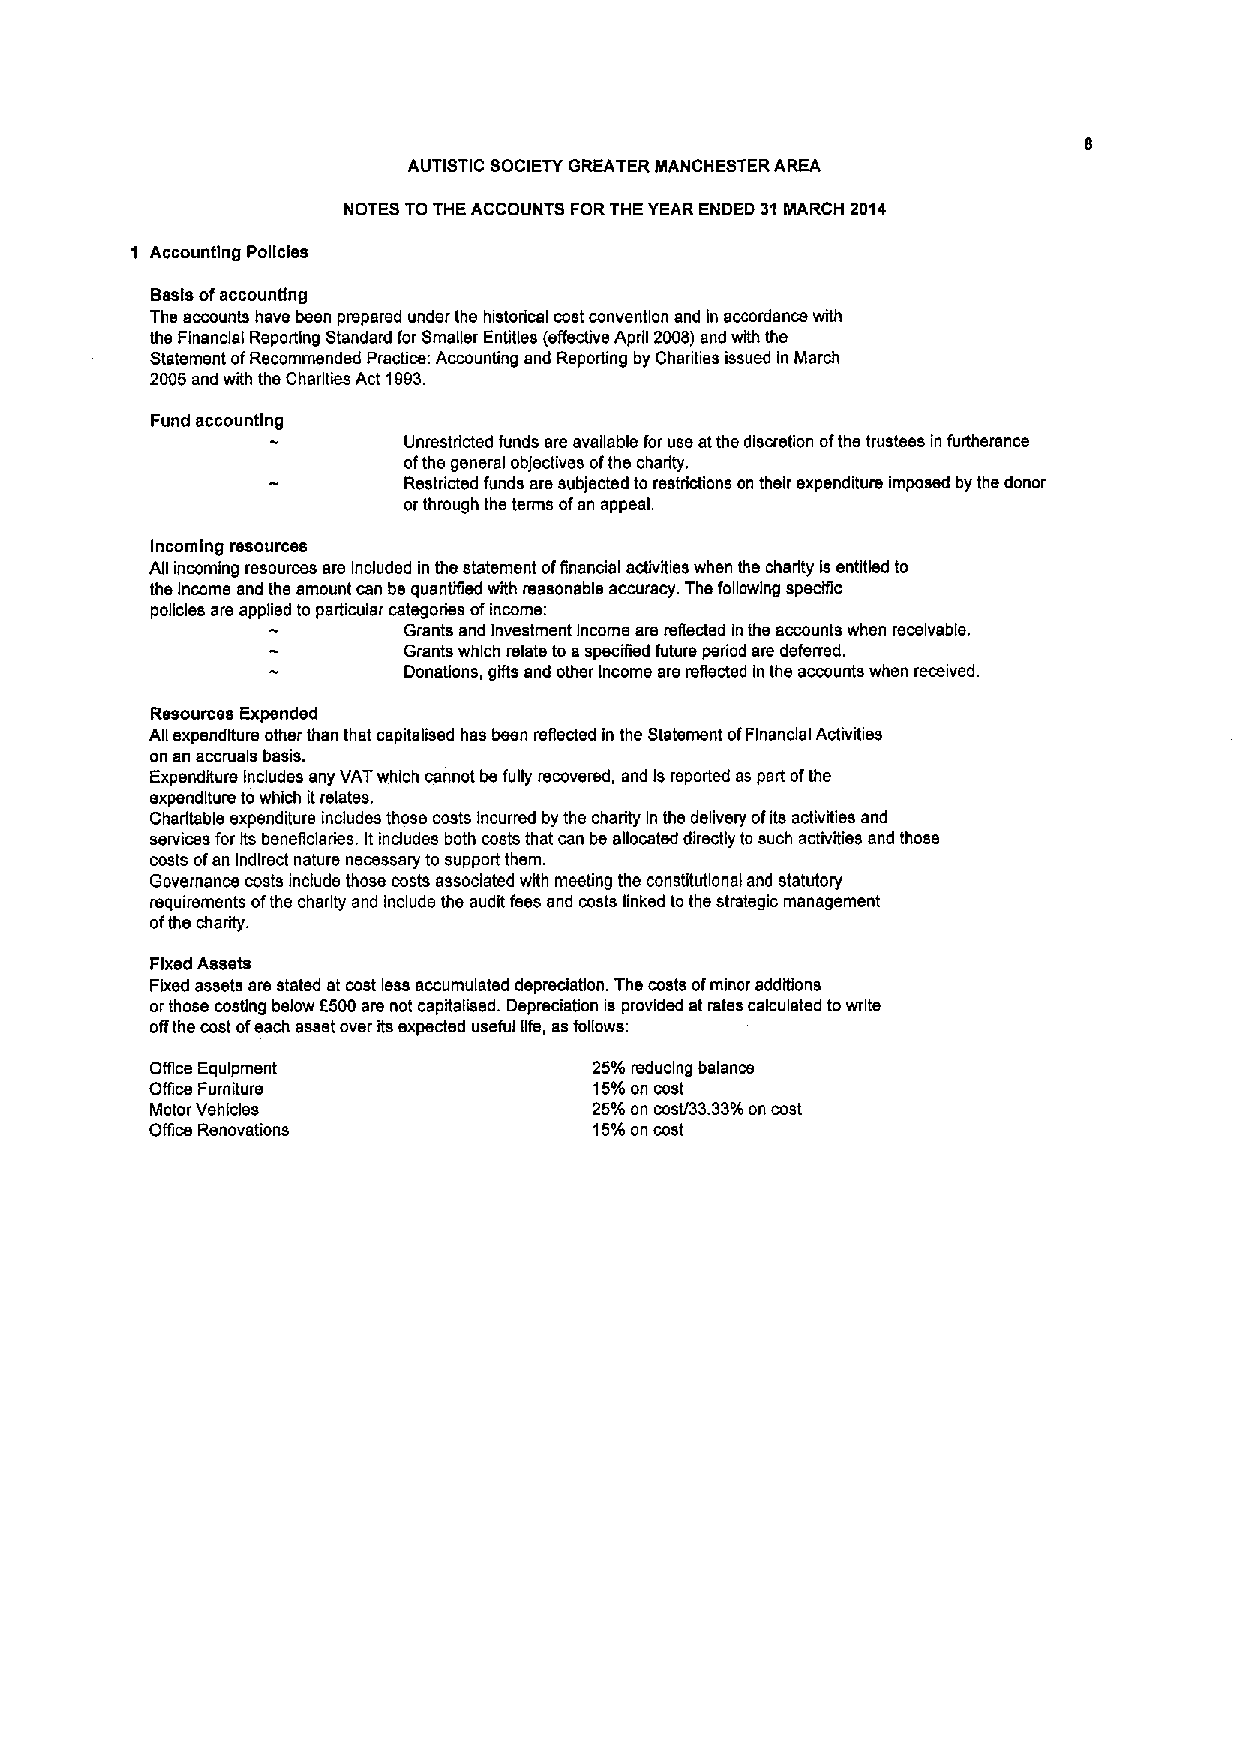
AUTISTIC SOCIETY GREATER MANCHESTER AREA
 NOTES TOTHE ACCOUNTS FORTHE YEAR ENDED 31MARCH 2014
 1 Accounting Poficles
 Basis ofaccounting
 The accounts have been prepared under the historical cost convention and in accordance with
 the Financial Reporting Standard for Smaller Entities (effecfive Aprfi 2008) and with the
 Statement ofRecommended Practice: Accounting snd Reporting by Charities issued in March
 2005and with the Charities Act 1993.
 Fund accounting
 Unrestricted funds ere eveilsbh for use atthe discretion ofthe trustees in furtherance
 ofthe general obJectives ofthe charity.
 Restricted funds are subjected to restdctlons on their expenditure imposed by the donor
 orthrough the terms ofan appeal.
 Incoming resources
 Afi incoming resources are Induded in the statement offinancial activities when ths charity Isentitled to
 the Income and the amount can be quantified with reasonable accuracy. Ths following spscNc
 poficles are applied to particular categories ofincome:
 Grants and Investment Income are reflected in the accounts when receivable.
 Grants which relate to aspecified future period ars deferred.
 Donations, gifts and other Income are refiected in the accounts when received.
 Resources Expended
 Afi expenditure other then that capitslised hss been refiected in the Statement ofFinancial Activities
 on an accruals basis.
 Expenditure Includes any VATwhich cannot be fully recovered, and Isreported as part ofthe
 expenditure towhich itrelates.
 Charitable expenditure includes those costs Incurred by the charity In the delivery ofits activities snd
 services for its beneficiaries. Itinrdudes both costs that csn be sfiocated directly to such activities and those
 costs ofan Indirect nature necessary to support them.
 Governance costs include those costs associated with meeting the constitutional and statutory
 requirements ofthe charity and include the audit fees and costs linked tothe strategic management
 ofthe charity.
 Fixed Assets
 Fixed assets are stated et cost less accumulated depreciation. The costs ofminor additions
 orthose costing below 0500are not capitalised. Depreciation is provided at rates calculated towrite
 offthe cost ofeach asset over its expected useful fife, asfollows:
 Office Equipment             25%reducing balance
 Office Furniture             15'/v on cost
 Motor Vehicles               25'/ on cost/33 33%on cost
 Office Renovations           15%on cost